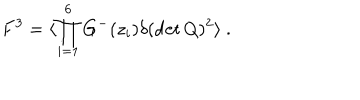
LaTeX: F ^ { 3 } = \langle \prod _ { i = 1 } ^ { 6 } G ^ { - } ( z _ { i } ) \delta ( \det Q ) ^ { 2 } \rangle \ .